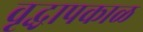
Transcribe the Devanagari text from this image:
वृद्धापकाळ